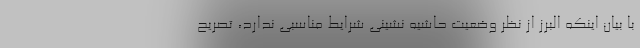
با بیان اینکه البرز از نظر وضعیت حاشیه نشینی شرایط مناسبی ندارد، تصریح